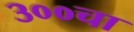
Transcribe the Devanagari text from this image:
३००चा